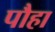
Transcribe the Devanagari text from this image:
पौहा